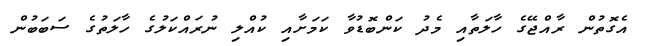
އެގޮތުން ރާއްޖޭގެ ހާލަތާއި މެދު ކަންބޮޑުވާ ކަމަށާއި ކުއްލި ނުރައްކަލުގެ ހާލަތުގެ ސަބަބުން